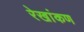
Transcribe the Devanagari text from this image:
रेखांकण